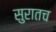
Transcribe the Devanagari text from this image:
सुरातच